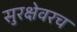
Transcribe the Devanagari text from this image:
सुरक्षेवरच